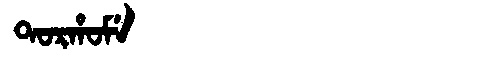
Manchu: ᡨᠣᡵᡥᠣᠮᡝ
Romanization: TORHOME